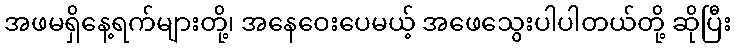
အဖမရှိနေ့ရက်များတို့၊ အနေဝေးပေမယ့် အဖေသွေးပါပါတယ်တို့ ဆိုပြီး